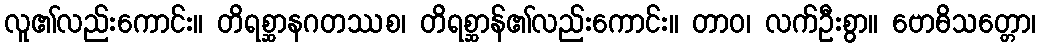
လူ၏လည်းကောင်း။ တိရစ္ဆာနဂတဿစ၊ တိရစ္ဆာန်၏လည်းကောင်း။ တာဝ၊ လက်ဦးစွာ။ ဗောဓိသတ္တော၊